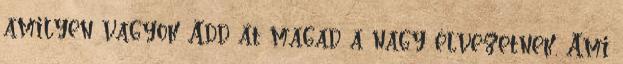
amilyen vagyok Add át magad a nagy élvezetnek, Ami